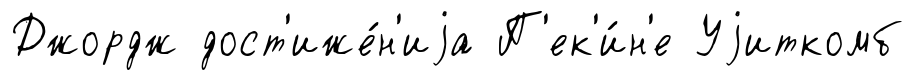
Джордж дост'иже́н'иjа П'ек'и́н'е Уjиткомб